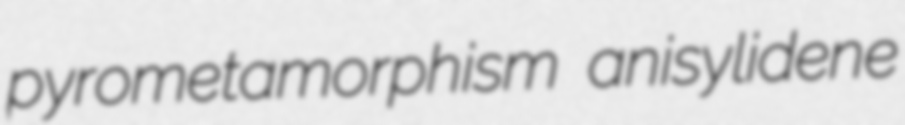
pyrometamorphism anisylidene